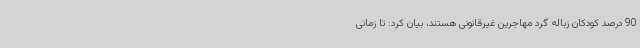
90 درصد کودکان زباله گرد مهاجرین غیرقانونی هستند، بیان کرد: تا زمانی